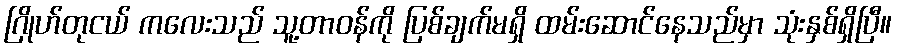
ဂြိုဟ်တုငယ် ကလေးသည် သူ့တာဝန်ကို ပြစ်ချက်မရှိ ထမ်းဆောင်နေသည်မှာ သုံးနှစ်ရှိပြီ။